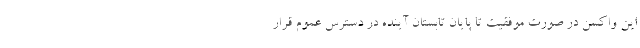
این واکسن در صورت موفقیت تا پایان تابستان آینده در دسترس عموم قرار